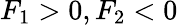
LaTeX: F_{1}>0,F_{2}<0